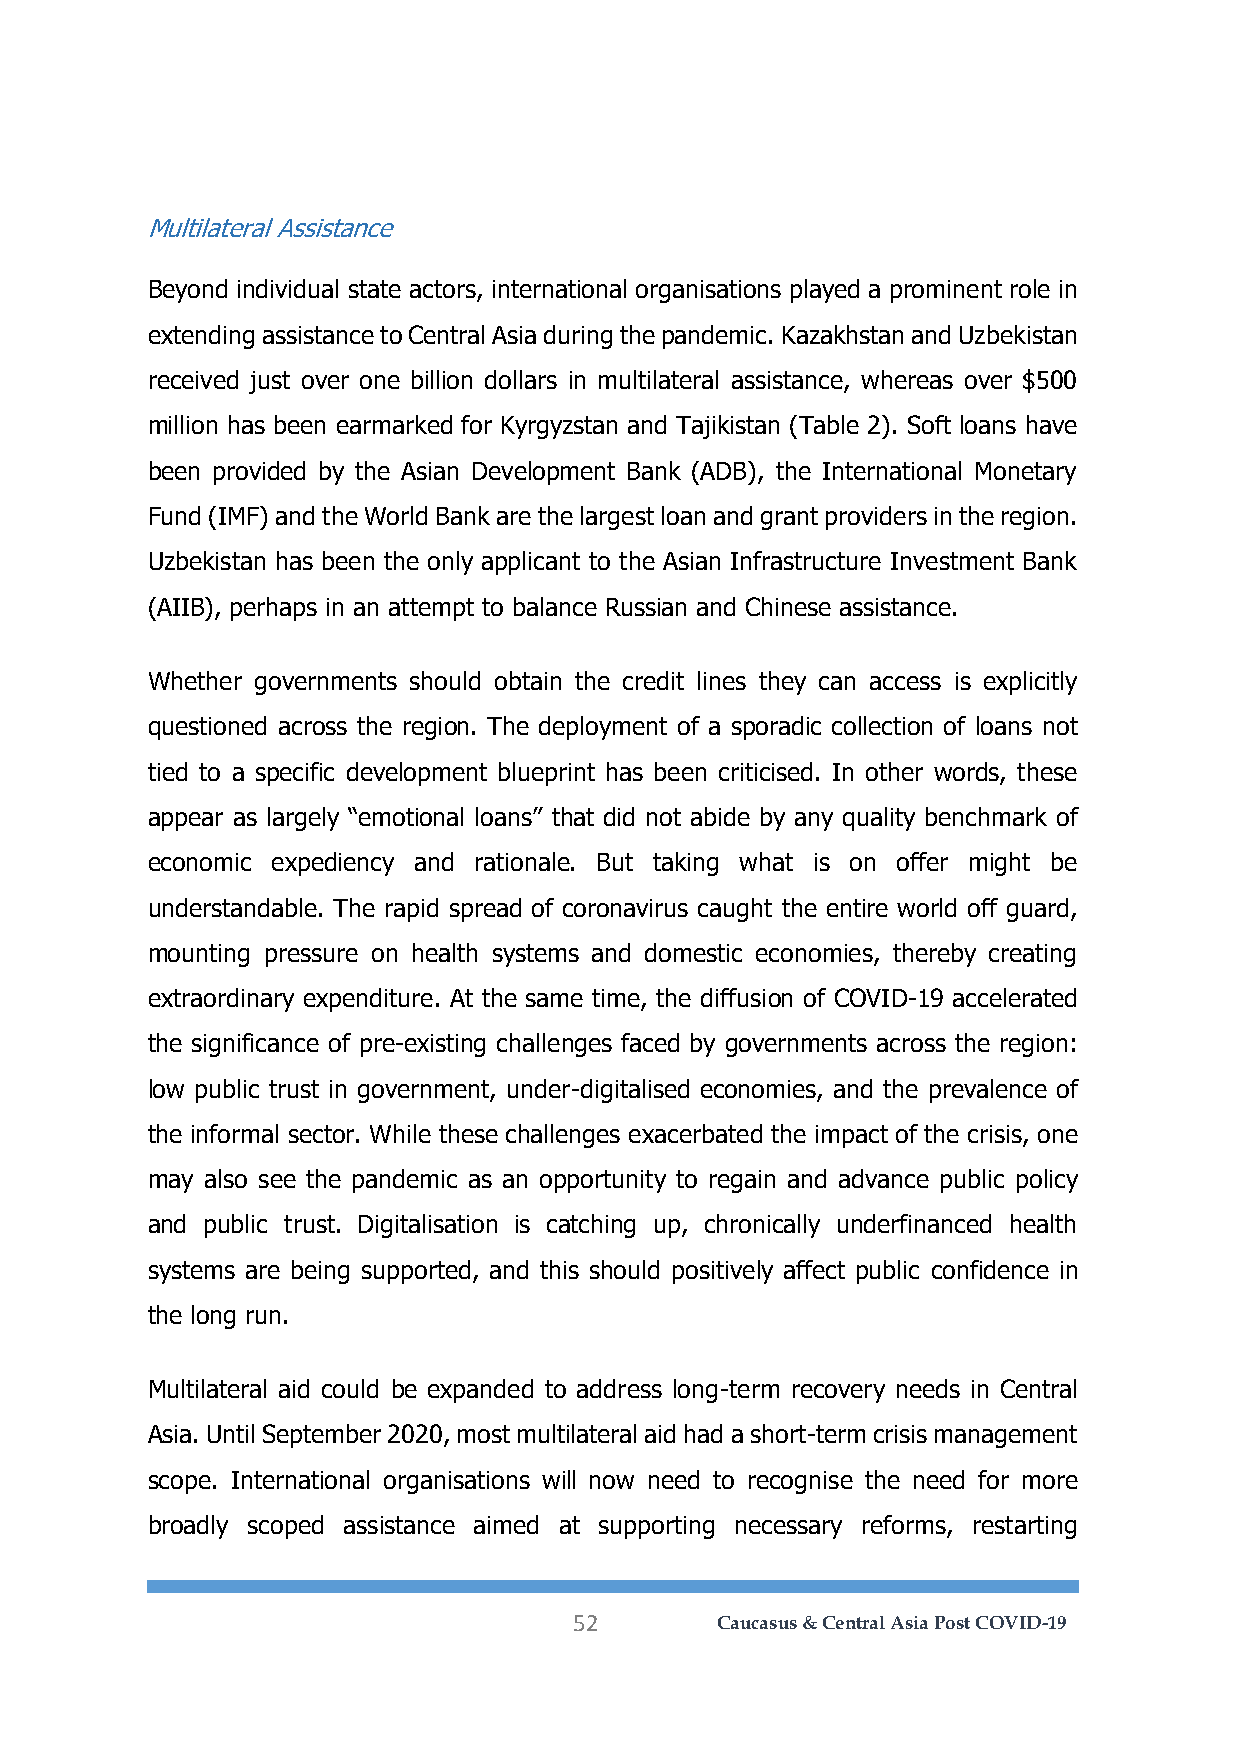
Multilateral Assistance
 Beyond individual state actors, international organisations played a prominent role in
 extending assistance to Central Asia during the pandemic. Kazakhstan and Uzbekistan
 received just over one billion dollars in multilateral assistance, whereas over $500
 million has been earmarked for Kyrgyzstan and Tajikistan (Table 2). Soft loans have
 been provided by the Asian Development Bank (ADB), the International Monetary
 Fund (IMF) and the World Bank are the largest loan and grant providers in the region.
 Uzbekistan has been the only applicant to the Asian Infrastructure Investment Bank
 (AIIB), perhaps in an attempt to balance Russian and Chinese assistance.
 Whether governments should obtain the credit lines they can access is explicitly
 questioned across the region. The deployment of a sporadic collection of loans not
 tied to a specific development blueprint has been criticised. In other words, these
 appear as largely “emotional loans” that did not abide by any quality benchmark of
 economic expediency and rationale. But taking what is on offer might be
 understandable. The rapid spread of coronavirus caught the entire world off guard,
 mounting pressure on health systems and domestic economies, thereby creating
 extraordinary expenditure. At the same time, the diffusion of COVID-19 accelerated
 the significance of pre-existing challenges faced by governments across the region:
 low public trust in government, under-digitalised economies, and the prevalence of
 the informal sector. While these challenges exacerbated the impact of the crisis, one
 may also see the pandemic as an opportunity to regain and advance public policy
 and public trust. Digitalisation is catching up, chronically underfinanced health
 systems are being supported, and this should positively affect public confidence in
 the long run.
 Multilateral aid could be expanded to address long-term recovery needs in Central
 Asia. Until September 2020, most multilateral aid had a short-term crisis management
 scope. International organisations will now need to recognise the need for more
 broadly scoped assistance aimed at supporting necessary reforms, restarting
 52       Caucasus & Central Asia Post COVID-19